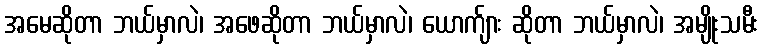
အမေဆိုတာ ဘယ်မှာလဲ၊ အဖေဆိုတာ ဘယ်မှာလဲ၊ ယောက်ျား ဆိုတာ ဘယ်မှာလဲ၊ အမျိုးသမီး